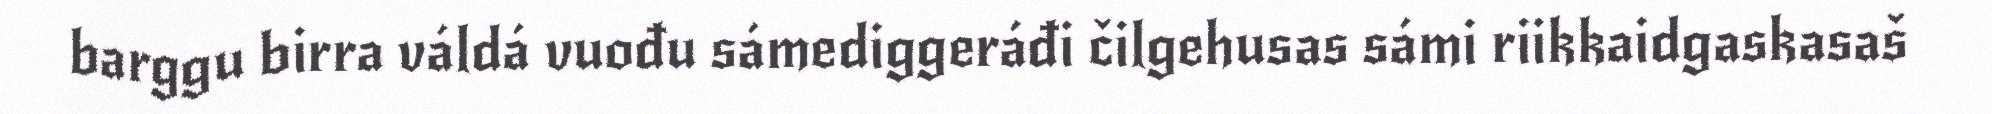
barggu birra váldá vuođu sámediggeráđi čilgehusas sámi riikkaidgaskasaš